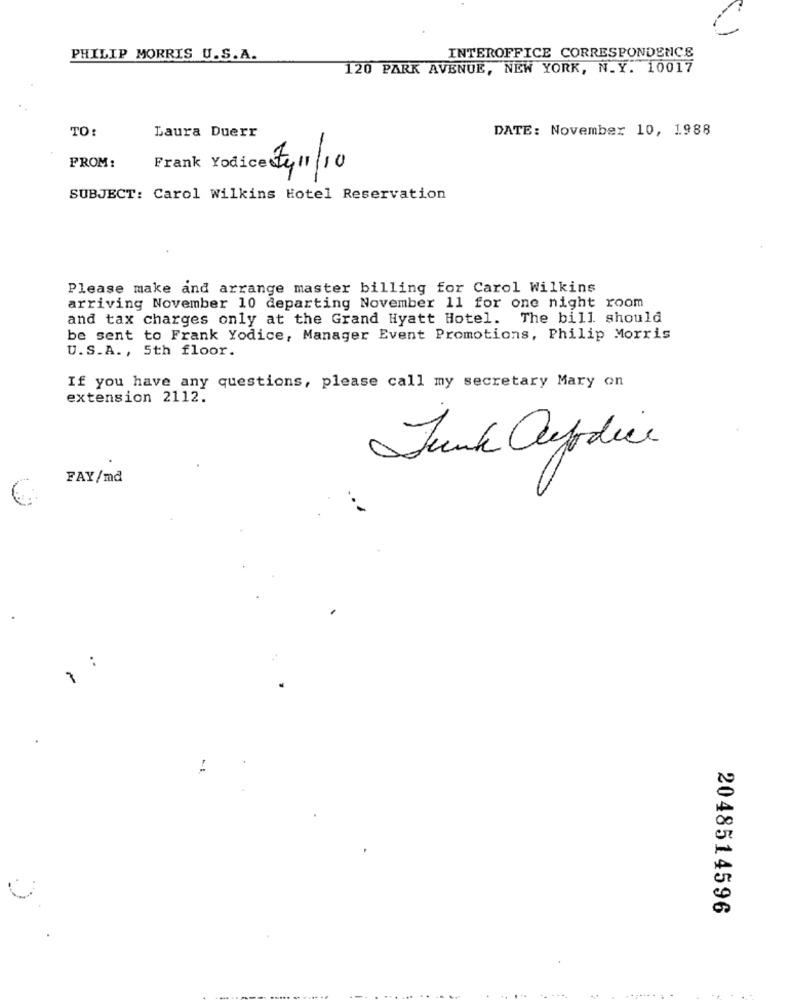
PHILIP MORRIS U.S.A.
INTEROFFICE CORRESPONDENCE
120 PARK AVENUE, NEW YORK, N.Y. 10017
TO:
Laura Duerr
DATE: November 10, 1988
FROM:
Frank Yodice Fy 11/10
SUBJECT: Carol Wilkins Hotel Reservation
Please make and arrange master billing for Carol Wilkins
arriving November 10 departing November 11 for one night room
and tax charges only at the Grand Hyatt Hotel. The bill. should
be sent to Frank Yodice, Manager Event Promotions, Philip Morris
U.S.A. , 5th floor.
If you have any questions, please call my secretary Mary on
extension 2112.
Junk Codice
FAY/md
7 :
2048514596